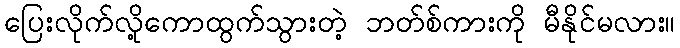
ပြေးလိုက်လို့ကောထွက်သွားတဲ့ ဘတ်စ်ကားကို မီနိုင်မလား။